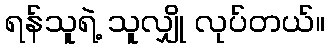
ရန်သူရဲ့ သူလျှို လုပ်တယ်။